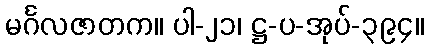
မင်္ဂလဇာတက။ ပါ-၂၁၊ ဋ္ဌ-ပ-အုပ်-၃၉၄။